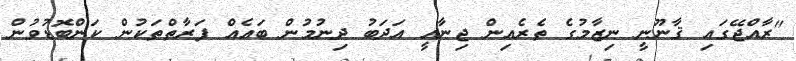
"ރާއްޖޭގައި ޤާނޫނީ ނިޒާމުގެ ތެރެއިން ޖިނާއީ އަދަބު ދިނުމުން ބައެއް ފަރާތްތަކުން ކަންބޮޑުވުން